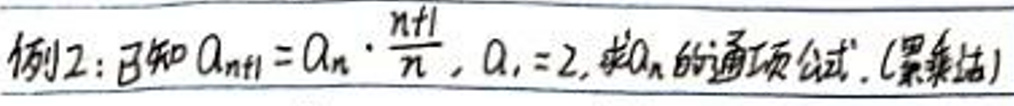
例2:已知\(a_{n+1}=a_{n}\cdot\frac{n+1}{n},a_{1}=2\),求\(a_{n}\)的通项公式.(累乘法)